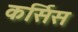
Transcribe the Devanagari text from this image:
कर्सिस